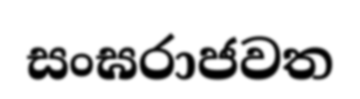
සංඝරාජවත